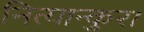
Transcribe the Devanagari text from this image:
नित्यान्कुरा